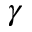
\gamma